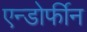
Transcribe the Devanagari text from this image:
एन्डोर्फीन